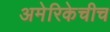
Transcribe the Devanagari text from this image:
अमेरिकेचीच